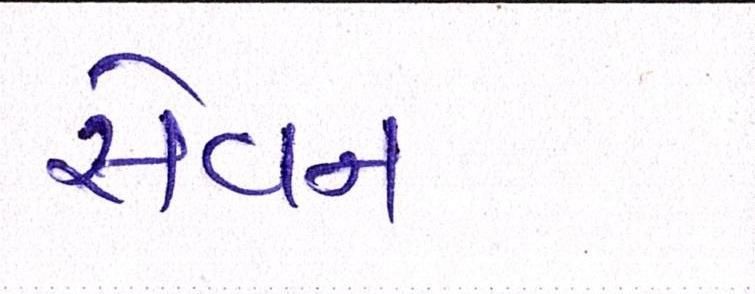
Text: સેવન